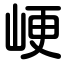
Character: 峺